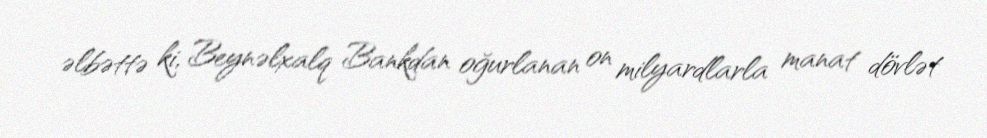
əlbəttə ki, Beynəlxalq Bankdan oğurlanan on milyardlarla manat dövlət